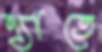
এ্যাতে